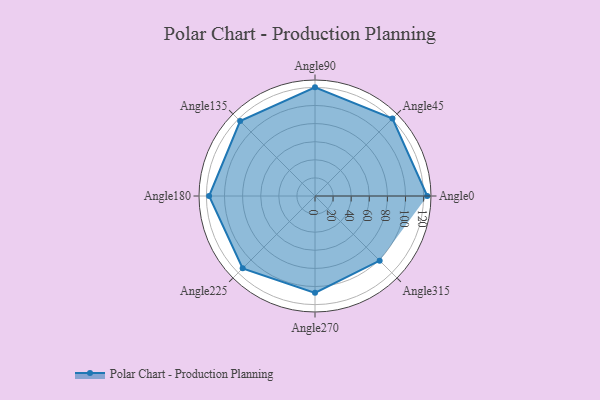
{"axis": {"x": "Angle", "y": "Radius"}, "legend": [""], "data": [{"x": "Angle0", "y": 124.0, "type": ""}, {"x": "Angle45", "y": 121.0, "type": ""}, {"x": "Angle90", "y": 120.0, "type": ""}, {"x": "Angle135", "y": 117.0, "type": ""}, {"x": "Angle180", "y": 117.0, "type": ""}, {"x": "Angle225", "y": 113.0, "type": ""}, {"x": "Angle270", "y": 107.0, "type": ""}, {"x": "Angle315", "y": 101.0, "type": ""}]}